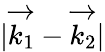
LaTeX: |\overrightarrow{k_{1}}-\overrightarrow{k_{2}}|